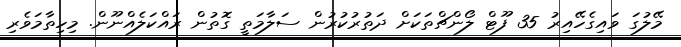
މޭލުގަ ވައިގެހޭއިރު 35 ފޫޓް ލޯންޗްތަކަށް ދަތުރުކުރުން ސަލާމަތީ ގޮތުން ރައްކަލެއްނޫން. މިހިތާމަވެރި